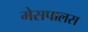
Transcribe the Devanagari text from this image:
मेसपालस